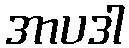
အာပဒါ